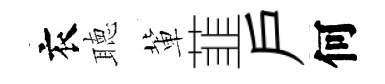
衣聴軰韮戸何